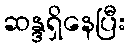
ဆန္ဒရှိနေပြီး